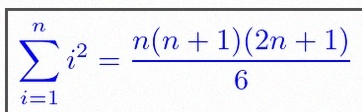
\sum_{i=1}^{n}i^2=\frac{n(n+1)(2n+1)}6